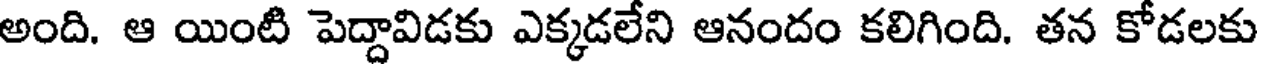
అంది. ఆ యింటి పెద్దావిడకు ఎక్కడలేని ఆనందం కలిగింది. తన కోడలకు